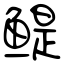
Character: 鳀